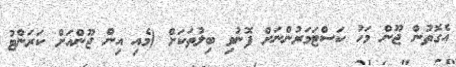
އެގޮތުން ޖޫން މަހު ކަސްޓަމަރުންނަށް ފޮނުވި ބިލުތަކަށް (މެއި އިން ޖޫންއަށް ކަރަންޓު